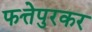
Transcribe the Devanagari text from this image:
फत्तेपुरकर